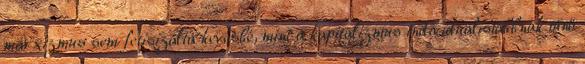
marxizmus sem fetisizálta kevésbé, mint a kapitalizmus individualistábbnak tűnő